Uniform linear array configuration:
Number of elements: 24
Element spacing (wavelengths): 1
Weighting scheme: cosine
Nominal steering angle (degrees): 60
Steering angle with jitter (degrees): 58.4
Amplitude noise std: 0.05
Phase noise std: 0.05

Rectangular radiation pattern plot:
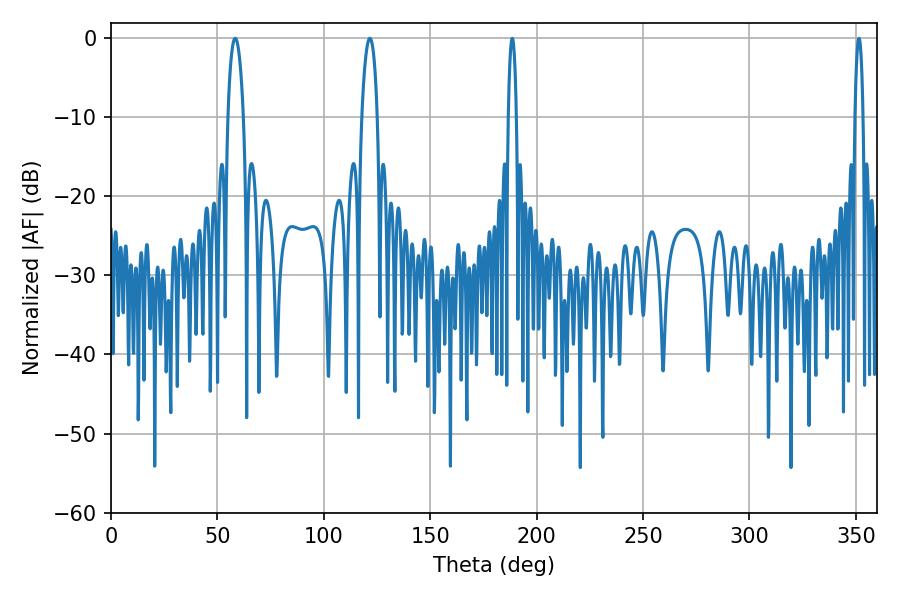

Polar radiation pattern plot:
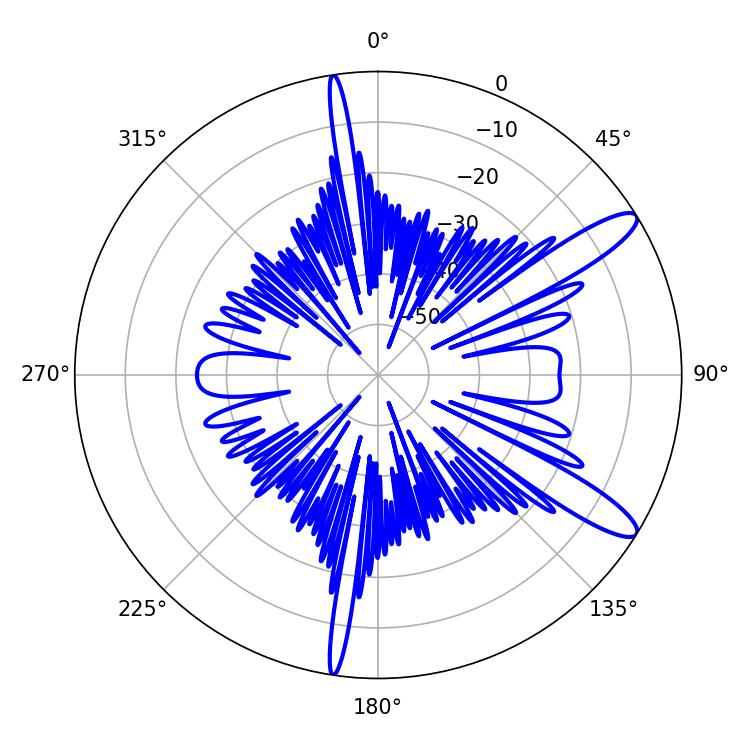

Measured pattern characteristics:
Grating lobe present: TRUE
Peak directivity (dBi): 12.116
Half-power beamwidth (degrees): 4.14
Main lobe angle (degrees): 58.32